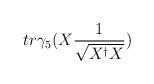
LaTeX: \begin{align*}tr\gamma_{5} (X\frac{1}{\sqrt{X^{\dagger}X}})\end{align*}